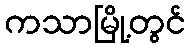
ကသာမြို့တွင်